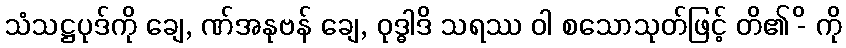
သံသဋ္ဌပုဒ်ကို ချေ, ဏ်အနုဗန် ချေ, ဝုဒ္ဓါဒိ သရဿ ဝါ စသောသုတ်ဖြင့် တိ၏ -ိ ကို